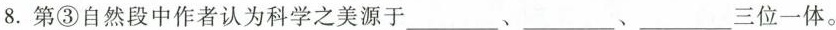
8.第③自然段中作者认为科学之美源于___、___、___三位一体。